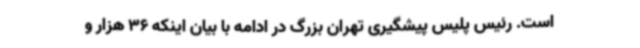
است. رئیس پلیس پیشگیری تهران بزرگ در ادامه با بیان اینکه 36 هزار و